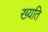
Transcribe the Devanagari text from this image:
ख्यति